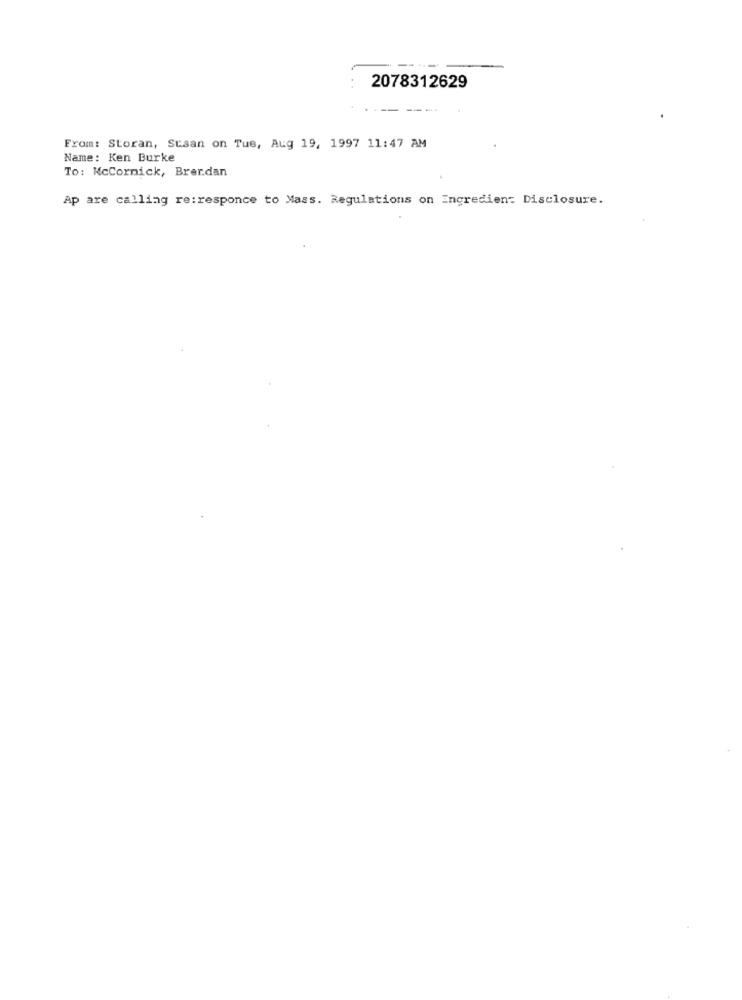
2078312629
From: Storan, Susan on Tue, Aug 19, 1997 11:47 AM
Name: Ken Burke
To: McCormick, Brer.dan
Ap are calling re:responce to Mass. Regulations on Ingredien: Disclosure.